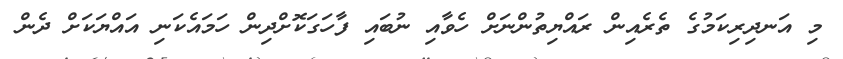
މި އަނދިރިކަމުގެ ތެރެއިން ރައްޔިތުންނަށް ހެވާއި ނުބައި ފާހަގަކޮށްދިން ހަމައެކަނި އައްޔަކަށް ދެން